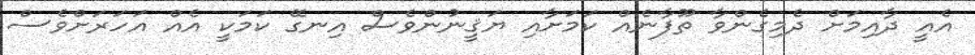
އެއީ ދާއިމަށް ދެމިގެންވާ ތޫފާނެއް ކަމަށާއި ޔަޤީނުންވެސް އިނގޭ ކަމަކީ އެއް އަހަރަށްވެސް